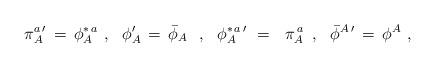
LaTeX: \begin{align*}\pi^{a\,\prime}_A\,=\,\phi^{\ast\,a}_A\,\,,\,\,\,\,\phi^\prime_A\,=\,{\bar \phi}_A\,\,\,\,,\,\,\,\,\phi^{\ast\,a\,\prime}_A\,\,=\,\,\,\,\pi^{\,a}_A\,\,\,,\,\,\,\,{\bar \phi}^{A\,\prime}\,=\,\phi^A \,\,,\end{align*}